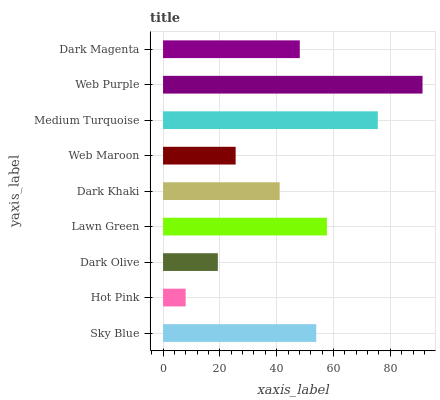
| yaxis_label | bars |
 | --- | --- |
 | Sky Blue | 53.9 |
 | Hot Pink | 7.96 |
 | Dark Olive | 19.3 |
 | Lawn Green | 57.7 |
 | Dark Khaki | 41.1 |
 | Web Maroon | 25.6 |
 | Medium Turquoise | 75.6 |
 | Web Purple | 91.3 |
 | Dark Magenta | 48.1 |